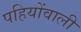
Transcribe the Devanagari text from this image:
पहियोंवाली